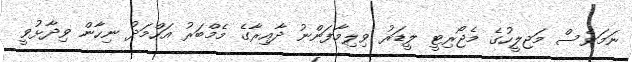
ނަމަވެސް މަޖިލީހުގެ މެޖޯރިޓީ ލީޑަރު ވިލިމާފަންނު ދާއިރާގެ މެމްބަރު އަހްމަދު ނިހާން ވިދާޅުވީ